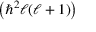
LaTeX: \left( \hbar ^ { 2 } \ell ( \ell + 1 ) \right)